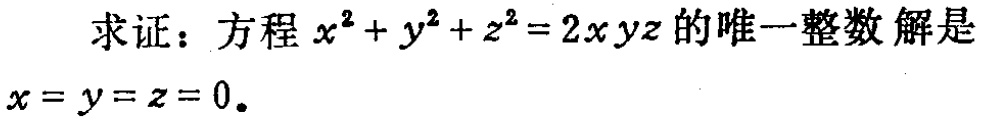
求证：方程 \(x^{2}+y^{2}+z^{2}=2xyz\) 的唯一整数解是 \(x = y = z = 0\)。